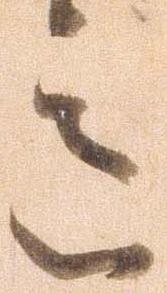
意